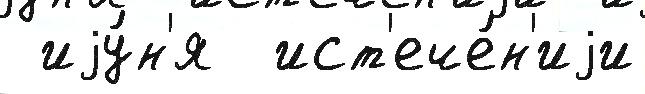
 иjу́н'я  ист'ече́н'иjи